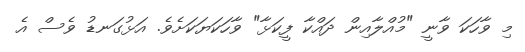
މި ވާހަކަ ވާނީ "މުއްލާއިން ދައްކާ ފީކަޅާ" ވާހަކަޔަކަށެވެ. އަޅުގަނޑު ވެސް އެ